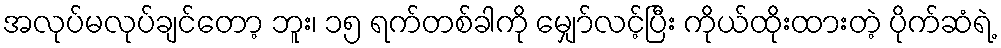
အလုပ်မလုပ်ချင်တော့ ဘူး၊ ၁၅ ရက်တစ်ခါကို မျှော်လင့်ပြီး ကိုယ်ထိုးထားတဲ့ ပိုက်ဆံရဲ့